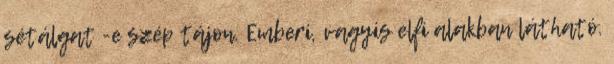
sétálgat -e szép tájon. Emberi, vagyis elfi alakban látható.